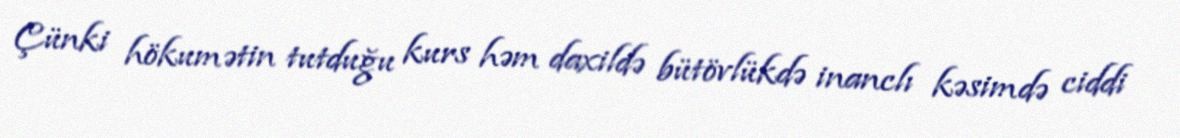
Çünki hökumətin tutduğu kurs həm daxildə bütövlükdə inanclı kəsimdə ciddi